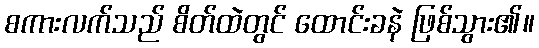
စကားလက်သည် စိတ်ထဲတွင် ထောင်းခနဲ ဖြစ်သွား၏။